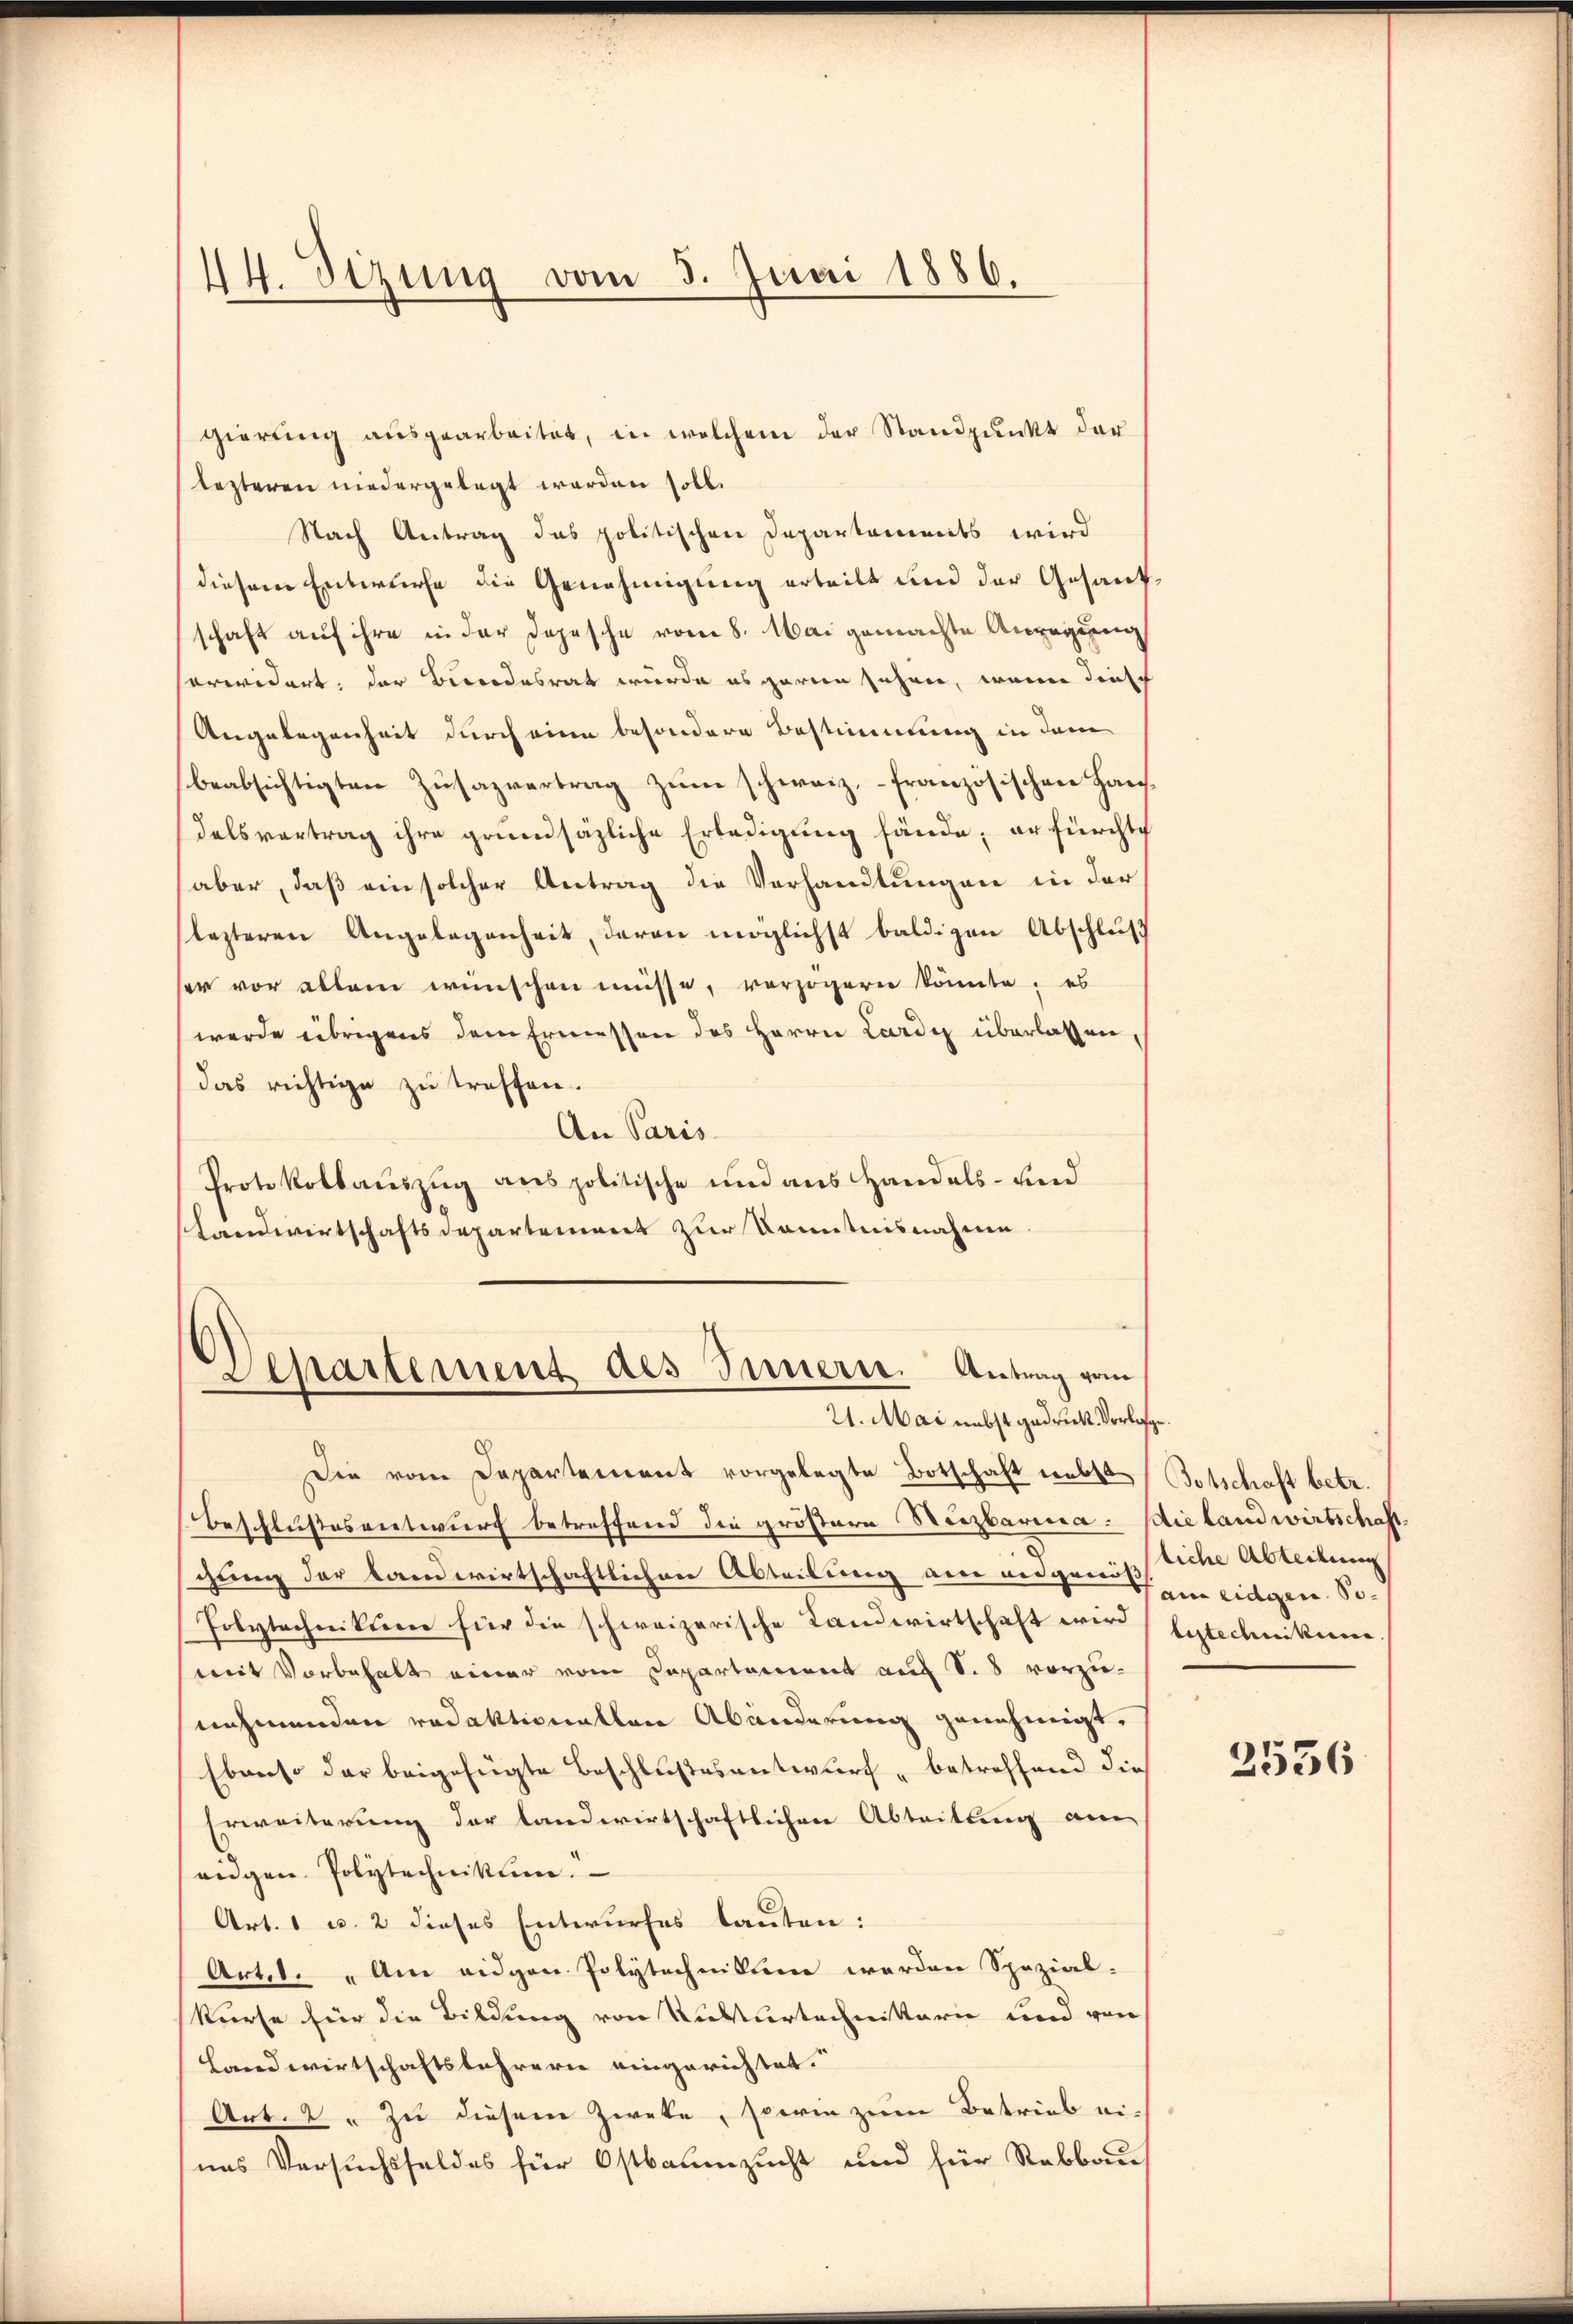
14. Sizung vom 5. Juni 1886.

gierung ausgearbeitet, in welchem der Standpunkt der
lezteren niedergelegt werden soll.
Nach Antrag des politischen Departaments wird
diesem Entwurfe die Genehmigung erteilt und der Gesandschaft auf ihre in der Depesche vom 8. Mai gemachte Anregung
orwidert, der Bundesrat wurde es garen sehen, wenn diese
Angelegenheit durch eine besondere Bestimmung in dem
beabsichtigten Zusazvertrag zum schweiz, – französischen Hausdelsvertrag ihre grundsäzliche Erledigung fände; er fürchtch
(aber, daß ein solcher Antrag die Verhandlungen in der
lezteren Angelegenheit, daran möglichst baldigen Abschluß
ser vor allem wünschen müsse, verzögern könnte; es
werde übrigens dem Ermessen des Herrn Carde überlassen,
das richtige zu treffen.
An Paris
Protokollauszug aus politische und aus Handels- und
slandwirtschaftsdepartement zur Kenntnisnahme

Departement des Innern. Antrag vom
21. Mai nebst gedruck. Vorlage.

Die vom Departement vorgelegte Botschaft lebte Botschaft betr.
Beschlußesentwurf betreffend die größere Reizbarina. Die landwirtschaft
gung der landwirtschaftlichen Abteilung am eidgen Ihm eidgen. So¬
Polytechnikum für die schweizerische Landwirtschaft wird lustechnikum.
mit Vorbehalt einer vom Departament auf S. 8 vorzu-
nehmenden redaktionallen Abänderung genehmigt.
Ebenso der beigefügte Beschlußesentwurf betreffend die
Erweiterung der landwirtschaftlichen Abteilung am
eidgen. Polytechnikum.
Art. 1 u. 2 dieses Entwurfes lauten:
Art. Am eidgen Polytechnitten werden Spezial-
kurse für die Bildung von Substurtechnitterie und von
Landwirtschaftslehrern eingerichtet.
Art. 2 " zu diesem Zweke, sowie zum Betrieb eines Versuchsfeldes für Ostbaumzucht und für Rebbaus

liche Abteilung

2556